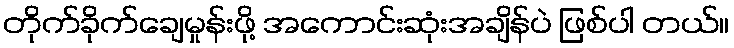
တိုက်ခိုက်ချေမှုန်းဖို့ အကောင်းဆုံးအချိန်ပဲ ဖြစ်ပါ တယ်။